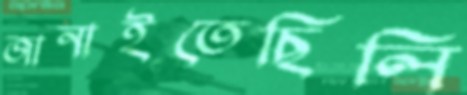
জানাইতেছিলি